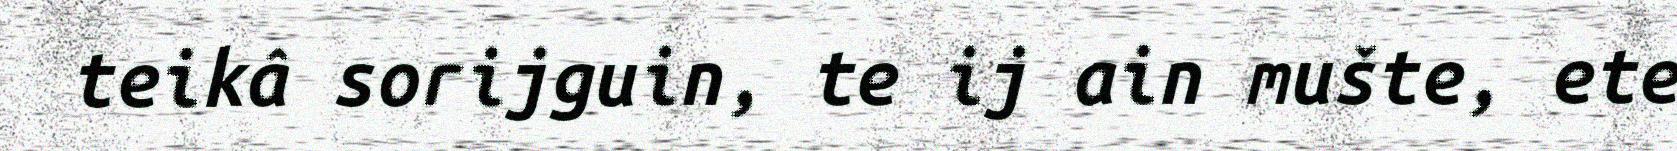
teikâ sorijguin, te ij ain mušte, ete